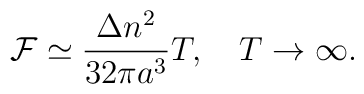
{\cal F}\simeq \frac{\Delta n^2}{32 \pi a^3}T, \quad T\to \infty {.}